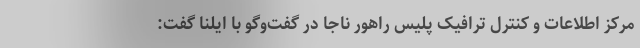
مرکز اطلاعات و کنترل ترافیک پلیس راهور ناجا در گفت‌وگو با ایلنا گفت: